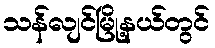
သန်လျင်မြို့နယ်တွင်